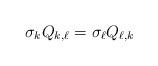
LaTeX: \begin{align*}\sigma_k Q_{k,\ell} = \sigma_\ell Q_{\ell,k} \end{align*}